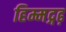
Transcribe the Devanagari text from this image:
हिम्मद्गढ़